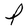
Character: P